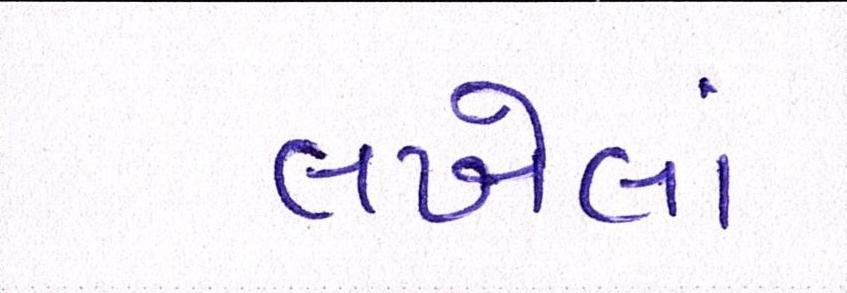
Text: લખેલાં